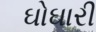
ઘોઘારી